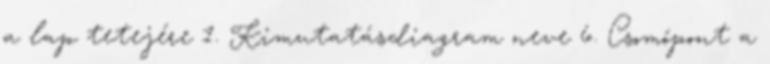
a lap tetejére 1. Kimutatásdiagram neve 6. Csomópont a